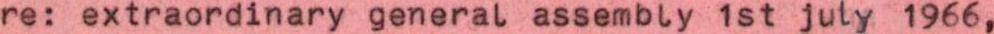
re: extraordinary general assembly 1st july 1966,